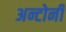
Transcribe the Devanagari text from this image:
अन्टोनी